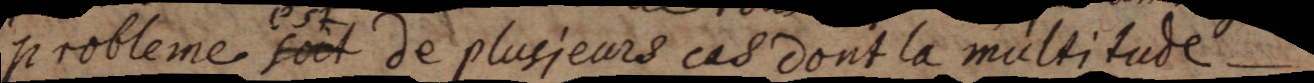
probleme soit est de plusieurs cas dont la multitude